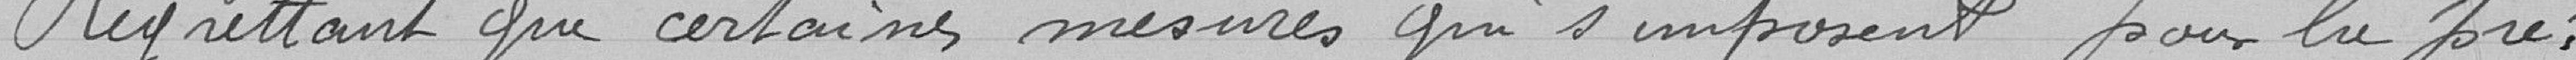
Regrettant que certaines mesures qui s'imposent pour la pré: